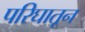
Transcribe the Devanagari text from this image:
परिघातून